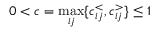
0 < c = \operatorname* { m a x } _ { i j } \{ c _ { i j } ^ { < } , c _ { i j } ^ { > } \} \leq 1